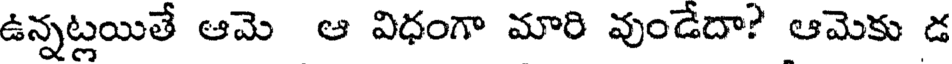
ఉన్నట్లయితే ఆమె ఆ విధంగా మారి వుండేదా? ఆమెకు డ